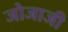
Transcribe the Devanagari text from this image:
जोजाजी